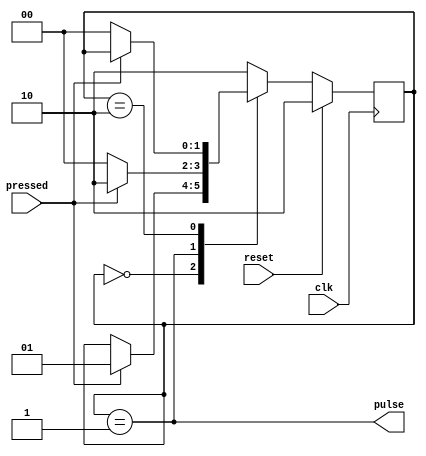
`timescale 1ns / 1ps
//////////////////////////////////////////////////////////////////////////////////
// Company: 
// Engineer: 
// 
// Design Name: 
// Module Name:    Bouton 
// Project Name: 
// Target Devices: 
// Tool versions: 
// Description: 
//
// Dependencies: 
//
// Revision: 
// Revision 0.01 - File Created
// Additional Comments: 
//
//////////////////////////////////////////////////////////////////////////////////
module Bouton(
    input clk,
    input reset,
    input pressed,
    output pulse
    );

	localparam WAITING_PRESS = 0 ;
	localparam PRESS_DETECTED = 1 ;
	localparam WAITING_RELEASE = 2 ;
	
	reg[1:0] state ;
	
	always @(posedge clk) begin
		if (reset) state <= WAITING_RELEASE ;
		else case(state)
			WAITING_PRESS: if (pressed) state <= PRESS_DETECTED ;
			PRESS_DETECTED: if (~pressed) state <= WAITING_PRESS ;
								 else state <= WAITING_RELEASE ;
			WAITING_RELEASE: if (~pressed) state <= WAITING_PRESS;
			default: state <= WAITING_RELEASE ;
		endcase
	end

	assign pulse = state==PRESS_DETECTED;


endmodule